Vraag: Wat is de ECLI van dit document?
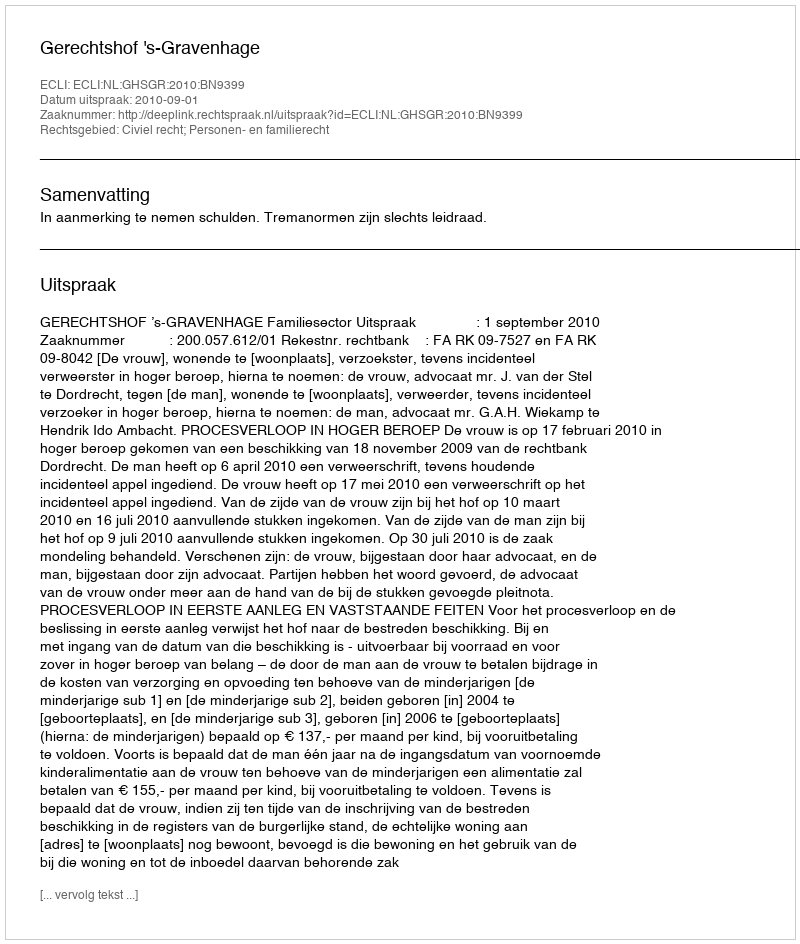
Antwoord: ECLI:NL:GHSGR:2010:BN9399